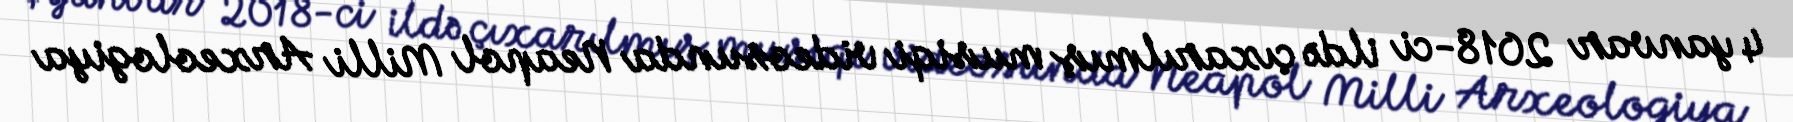
4 yanvar 2018-ci ildə çıxarılmış musiqi videosunda Neapol Milli Arxeologiya